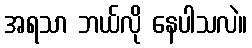
အရသာ ဘယ်လို နေပါသလဲ။